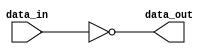
module inverter(input wire data_in, output wire data_out);
    assign data_out = ~data_in;
endmodule